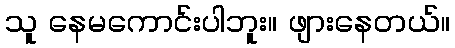
သူ နေမကောင်းပါဘူး။ ဖျားနေတယ်။